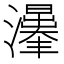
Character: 𱪀